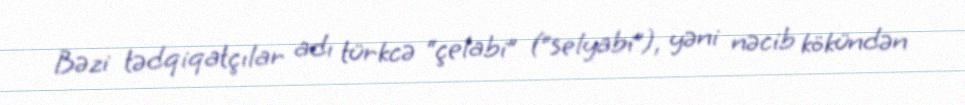
Bəzi tədqiqatçılar adı türkcə “çelabi” (“selyabi”), yəni nəcib kökündən